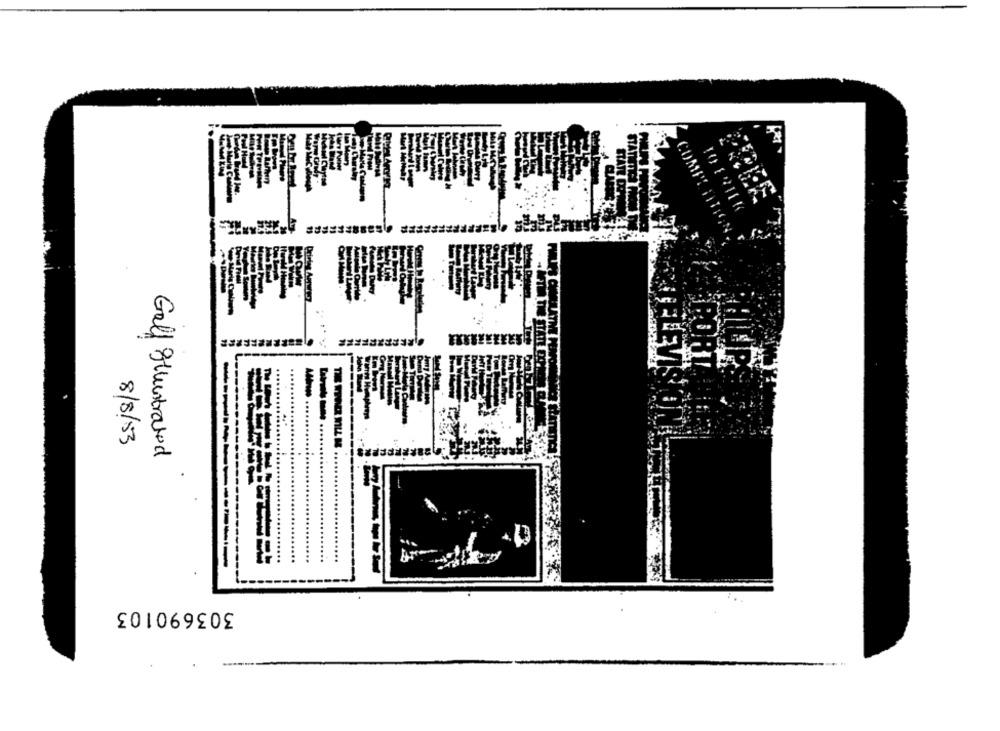
8/8/53
Golf Illustrated
---
303690103